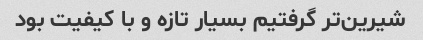
شیرین‌تر گرفتیم بسیار تازه و با کیفیت بود